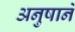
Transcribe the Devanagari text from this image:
अनुषाने